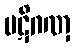
ပဋိဂဏှ